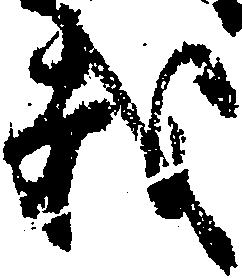
載